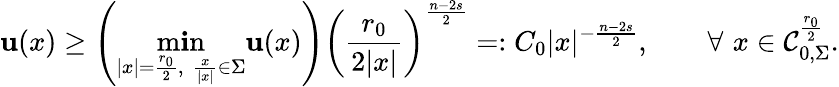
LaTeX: \mathbf{u}(x)\geq\left(\operatorname*{m\mathbf{i}n}_{|x|=\frac{{r_{0}}}{{2}},\, \, \frac{{x}}{{|x|}}\in\Sigma}\mathbf{u}(x)\right)\left(\frac{{r_{0}}}{{2|x|}}\right)^{\frac{{n-2s}}{{2}}}=:C_{0}|x|^{-\frac{{n-2s}}{{2}}},\quad\quad\forall\, \, x\in\mathcal{{C}}_{0,\Sigma}^{\frac{{r_{0}}}{{2}}}.